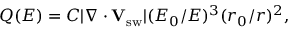
Q ( E ) = C | \nabla \cdot \mathbf { V } _ { \mathrm { s w } } | ( E _ { 0 } / E ) ^ { 3 } ( r _ { 0 } / r ) ^ { 2 } ,